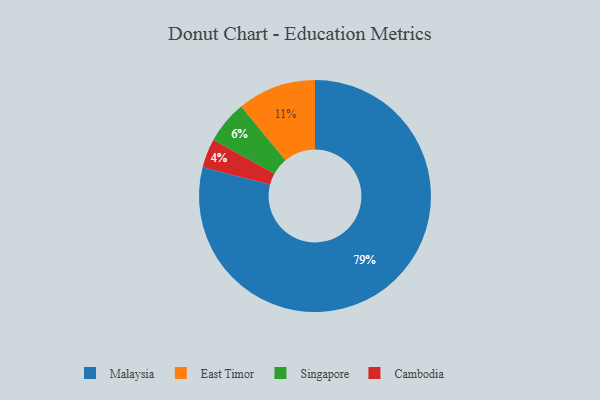
{"axis": {"x": "Category", "y": "Percentage"}, "legend": ["Cambodia", "East Timor", "Malaysia", "Singapore"], "data": [{"x": "Singapore", "y": 6, "type": "Singapore"}, {"x": "East Timor", "y": 11, "type": "East Timor"}, {"x": "Malaysia", "y": 79, "type": "Malaysia"}, {"x": "Cambodia", "y": 4, "type": "Cambodia"}]}